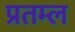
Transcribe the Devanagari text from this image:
प्रतम्ल